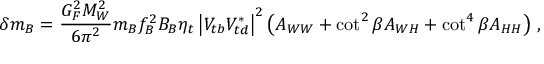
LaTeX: \delta m _ { B } = \frac { G _ { F } ^ { 2 } M _ { W } ^ { 2 } } { 6 \pi ^ { 2 } } m _ { B } f _ { B } ^ { 2 } B _ { B } \eta _ { t } \left| V _ { t b } V _ { t d } ^ { * } \right| ^ { 2 } \left( A _ { W W } + \cot ^ { 2 } \beta A _ { W H } + \cot ^ { 4 } \beta A _ { H H } \right) \, ,